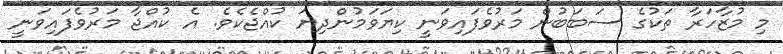
މި މުޒާހަރާ ތަކުގެ ސަބަބުން މަރުވެފައިވަނީ ކިޔަވަމުންދިޔަ ކުއްޖެކެވެ. އެ ކުއްޖާ މަރުވެފައިވަނީ